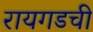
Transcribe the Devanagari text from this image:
रायगडची